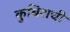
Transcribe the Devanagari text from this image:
कुबिशची